Lunatic asylums in Bengal annual reports 1899-1911 - 1899-1911
Year: 1899
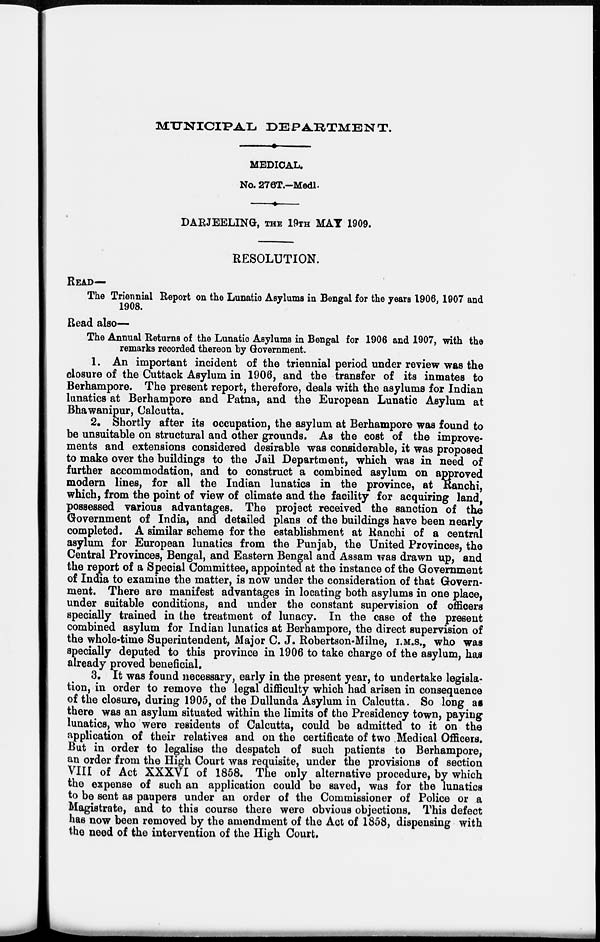
MUNICIPAL DEPARTMENT.
MEDICAL.
No. 276T.—Medl.
DARJEELING, THE 19TH MAY 1909.
RESOLUTION.
READ—
The Triennial Report on the Lunatic Asylums in Bengal for the years 1906, 1907 and
1908.
Read also—
The Annual Returns of the Lunatic Asylums in Bengal for 1906 and 1907, with the
remarks recorded thereon by Government.
1. An important incident of the triennial period under review was the
closure of the Cuttack Asylum in 1906, and the transfer of its inmates to
Berhampore. The present report, therefore, deals with the asylums for Indian
lunatics at Berhampore and Patna, and the European Lunatic Asylum at
Bhawanipur, Calcutta.
2. Shortly after its occupation, the asylum at Berhampore was found to
be unsuitable on structural and other grounds. As the cost of the improve-
ments and extensions considered desirable was considerable, it was proposed
to make over the buildings to the Jail Department, which was in need of
further accommodation, and to construct a combined asylum on approved
modern lines, for all the Indian lunatics in the province, at Ranchi,
which, from the point of view of climate and the facility for acquiring land,
possessed various advantages. The project received the sanction of the
Government of India, and detailed plans of the buildings have been nearly
completed. A similar scheme for the establishment at Ranchi of a central
asylum for European lunatics from the Punjab, the United Provinces, the
Central Provinces, Bengal, and Eastern Bengal and Assam was drawn up, and
the report of a Special Committee, appointed at the instance of the Government
of India to examine the matter, is now under the consideration of that Govern¬
ment. There are manifest advantages in locating both asylums in one place,
under suitable conditions, and under the constant supervision of officers
specially trained in the treatment of lunacy. In the case of the present
combined asylum for Indian lunatics at Berhampore, the direct supervision of
the whole-time Superintendent, Major C. J. Robertson-Milne, I.M.S., who was
specially deputed to this province in 1906 to take charge of the asylum, has
already proved beneficial.
3. It was found necessary, early in the present year, to undertake legisla-
tion, in order to remove the legal difficulty which had arisen in consequence
of the closure, during 1905, of the Dullunda Asylum in Calcutta. So long as
there was an asylum situated within the limits of the Presidency town, paying
lunatics, who were residents of Calcutta, could be admitted to it on the
application of their relatives and on the certificate of two Medical Officers.
But in order to legalise the despatch of such patients to Berhampore,
an order from the High Court was requisite, under the provisions of section
VIII of Act XXXVI of 1858. The only alternative procedure, by which
the expense of such an application could be saved, was for the lunatics
to be sent as paupers under an order of the Commissioner of Police or a
Magistrate, and to this course there were obvious objections. This defect
has now been removed by the amendment of the Act of 1858, dispensing with
the need of the intervention of the High Court.